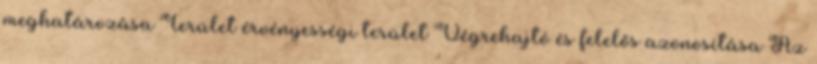
meghatározása Terület érvényességi terület Végrehajtó és felelős azonosítása Az